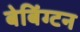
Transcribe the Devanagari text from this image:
बेबिंग्टन